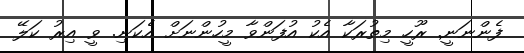
ފެންނަނީ